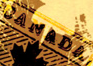
BAN ADA